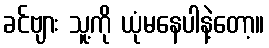
ခင်ဗျား သူ့ကို ယုံမနေပါနဲ့တော့။